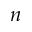
n